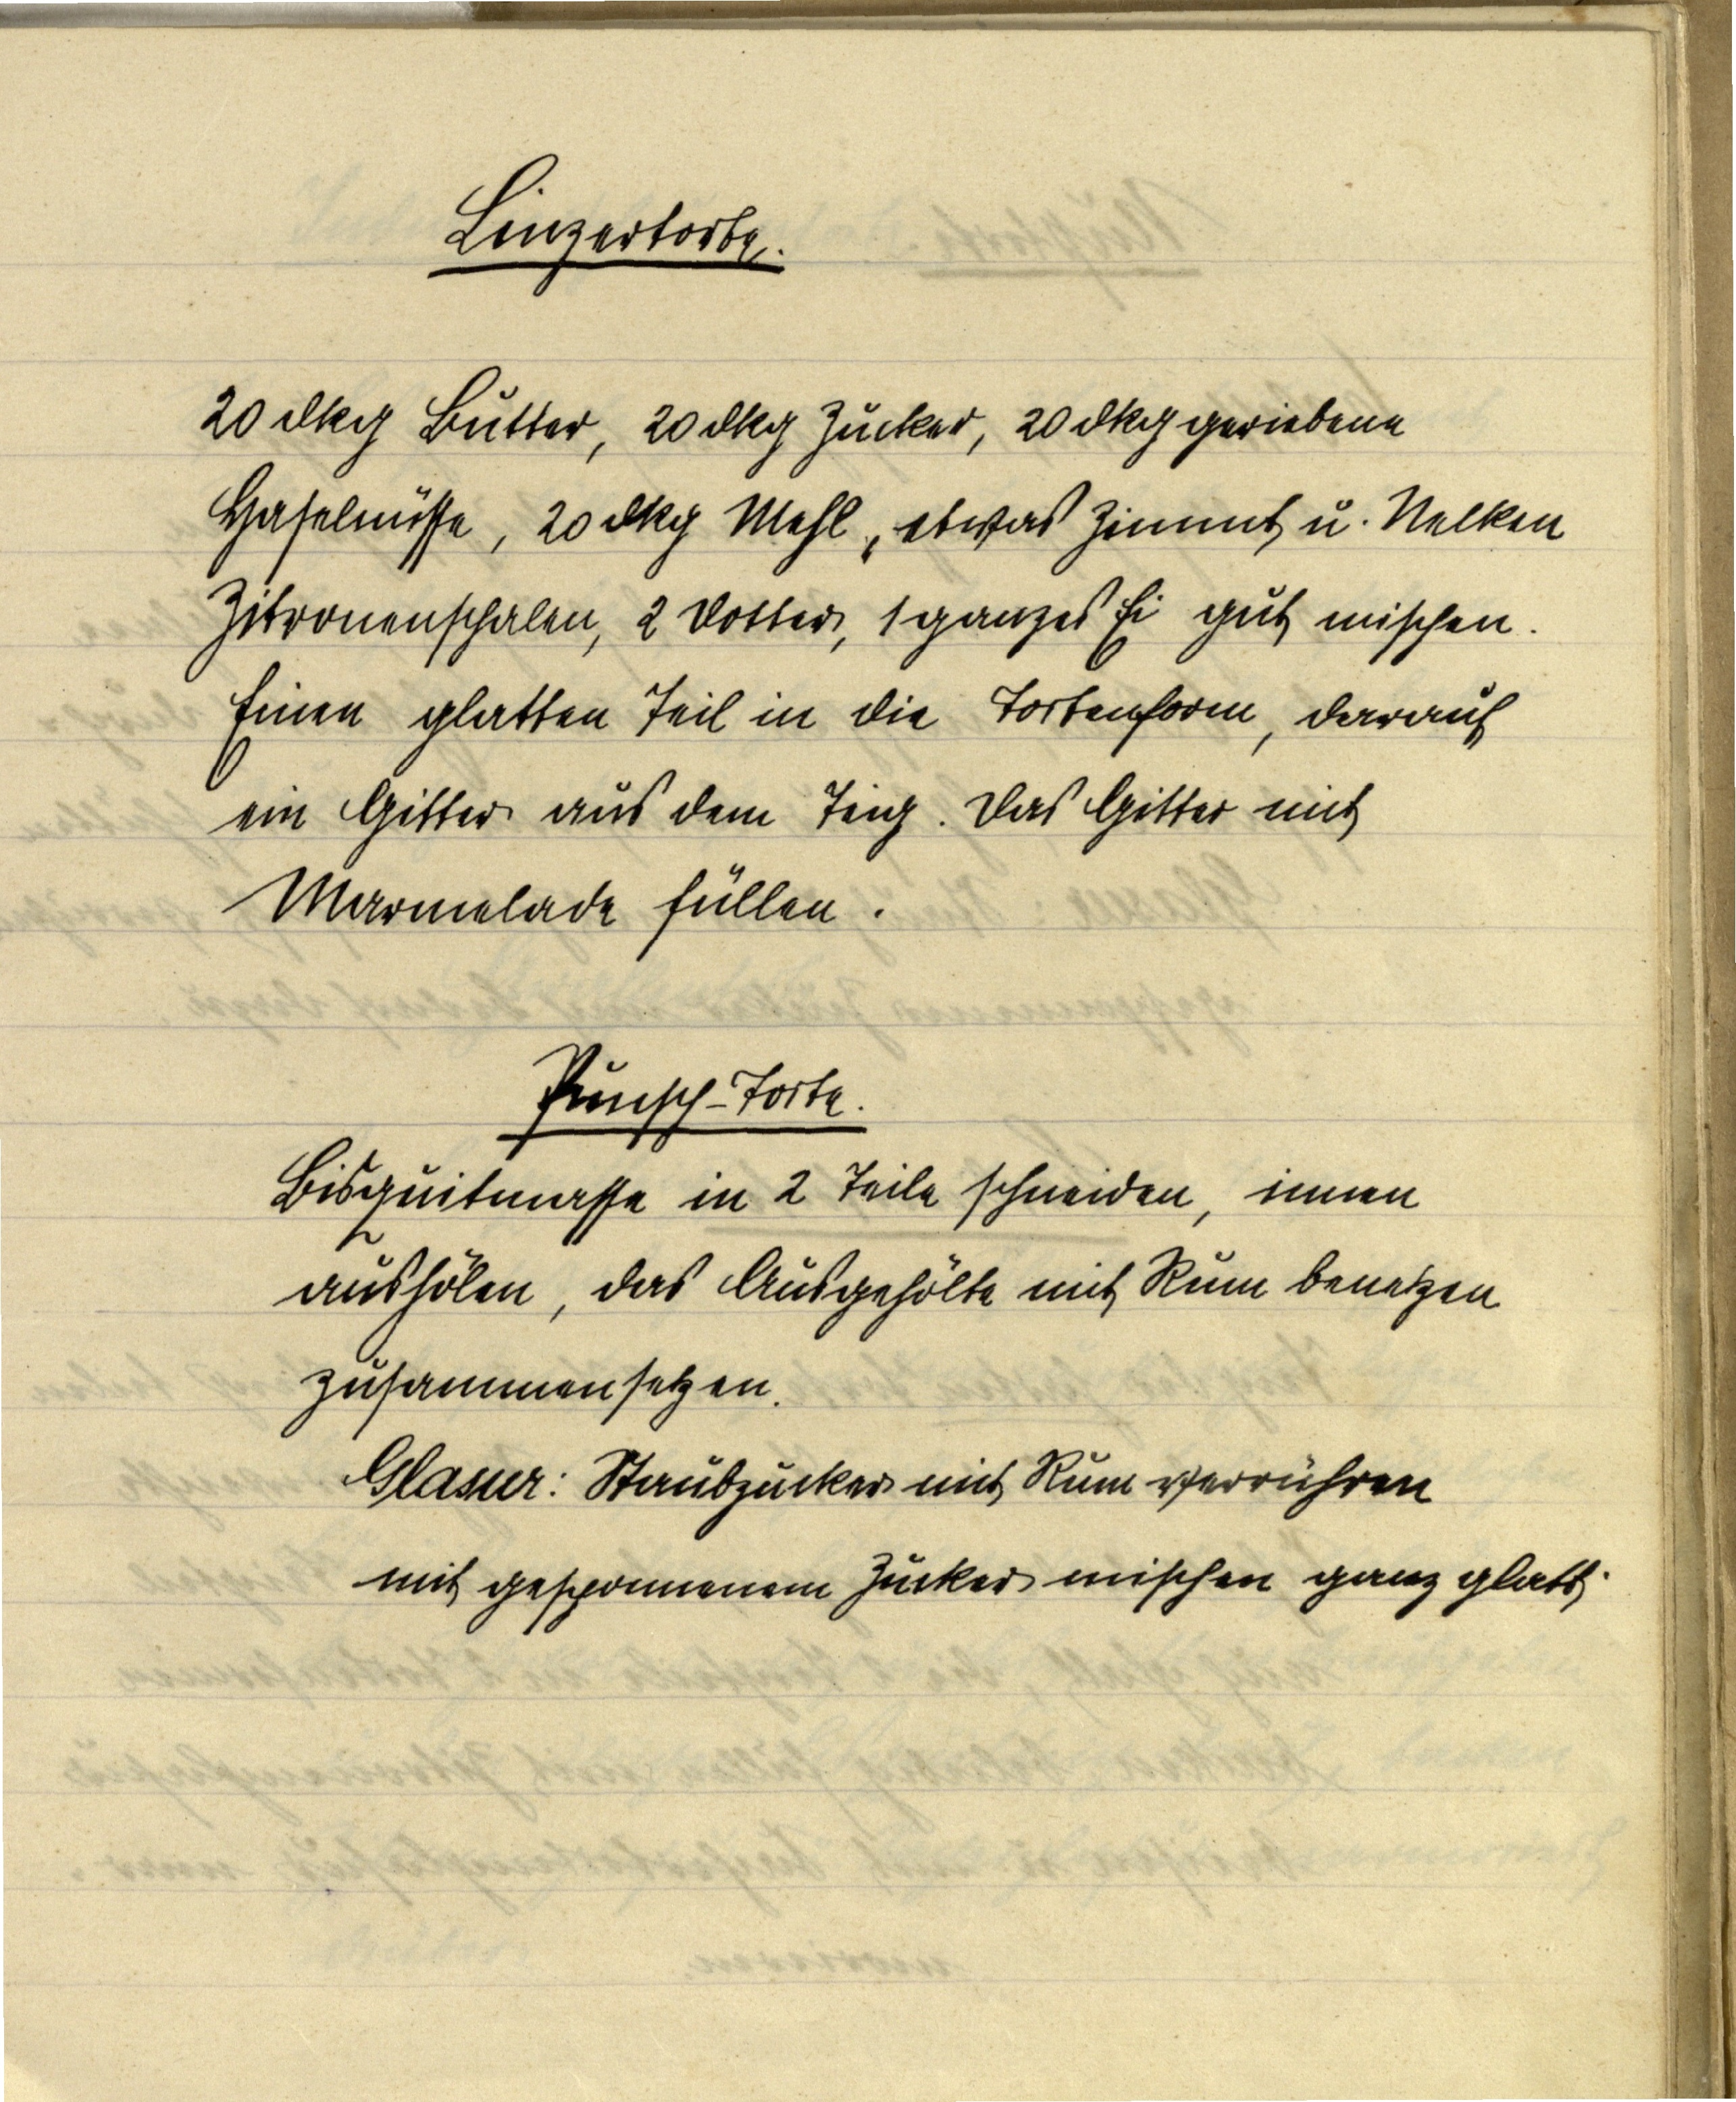
Linzertorte.

20 dkg Butter, 20 dkg Zucker, 20 dkg geriebene
Haselnüsse, 20 dkg Mehl, etwas Zimmt u. Nelken
Zitronenschalen, 2 Dotter, 1 ganzes Ei gut mischen.
Einen glatten Teil in die Tortenform, darauf
ein Gitter aus dem Teig. Das Gitter mit
Marmelade füllen.

Punsch-Torte.
Bisquitmasse in 2 Teile schneiden, innen
aushölen, das Ausgehölte mit Rum benetzen
zusammensetzen.
Glasur: Staubzucker mit Rum verrühren
mit gesponnenem Zucker mischen ganz glatt